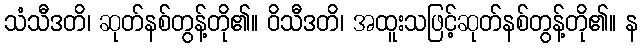
သံသီဒတိ၊ ဆုတ်နစ်တွန့်တို၏။ ဝိသီဒတိ၊ အထူးသဖြင့်ဆုတ်နစ်တွန့်တို၏။ န